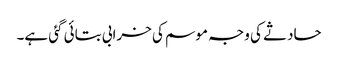
حادثے کی وجہ موسم کی خرابی بتائی گئی ہے۔